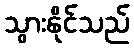
သွားနိုင်သည်